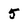
Character: 5